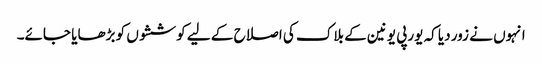
انہوں نے زور دیا کہ یورپی یونین کے بلاک کی اصلاح کے لیے کوششوں کو بڑھایا جائے۔